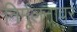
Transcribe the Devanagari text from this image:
निर्मूलनावर